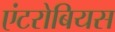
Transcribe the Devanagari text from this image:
एंटरोबियस